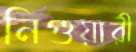
নিগুয়ারী